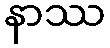
နာဿ